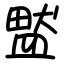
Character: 盢